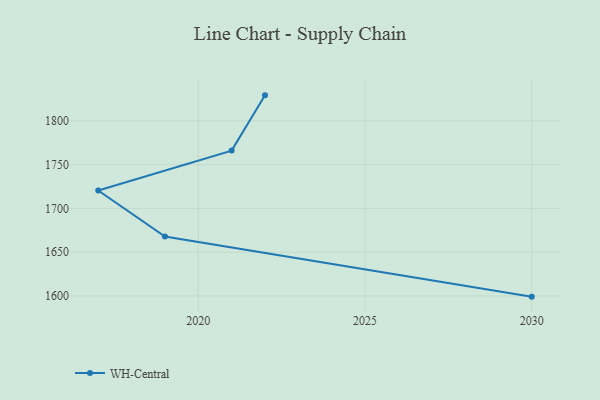
{"axis": {"x": "Year", "y": "Headcount"}, "legend": ["WH-Central"], "data": [{"x": "2030", "y": 1599.2, "type": "WH-Central"}, {"x": "2019", "y": 1667.8, "type": "WH-Central"}, {"x": "2017", "y": 1720.4, "type": "WH-Central"}, {"x": "2021", "y": 1766.0, "type": "WH-Central"}, {"x": "2022", "y": 1829.1, "type": "WH-Central"}]}